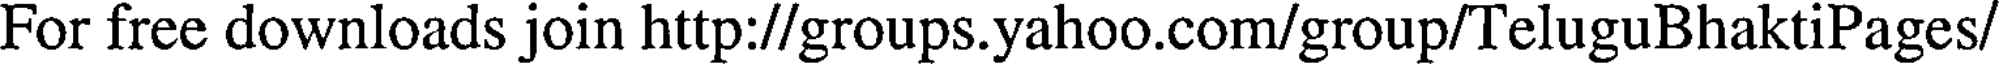
For free downloads join http://groups.yahoo.com/group/TeluguBhaktiPages/